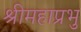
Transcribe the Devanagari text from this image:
श्रीमहाप्रभु